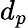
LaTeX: d_{p}